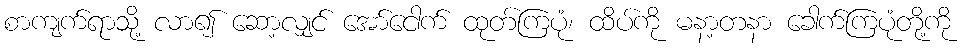
စာကျက်ရာသို့ လာ၍ ဆော့လျှင် အော်ငေါက် ထုတ်ကြပုံ၊ ထိပ်ကို မနာ့တနာ ခေါက်ကြပုံတို့ကို